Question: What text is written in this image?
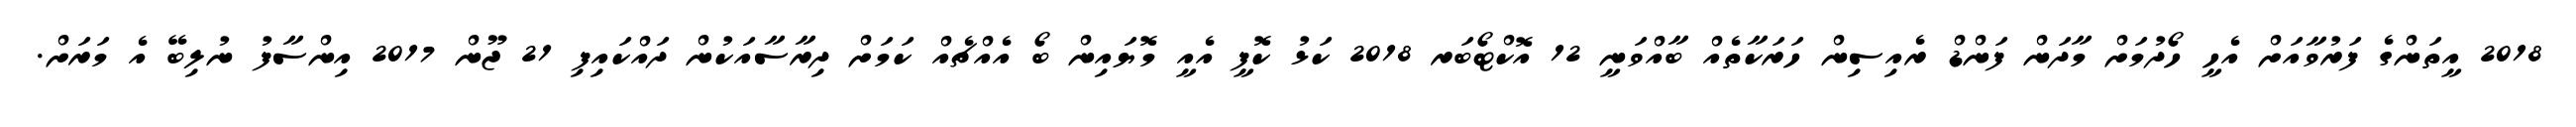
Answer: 2018 އީތަންގެ ފަރުވާއަށް އެހީ ހޯދުމަށް މާދަން ފަންޑް ރެއިސިން ހަރަކާތެއް ބާއްވަނީ 12 އޮކްޓޯބަރ 2018 ކަޅު ކޮފީ އެއީ މޮޔައިން ބޯ އެއްޗެއް ކަމަށް ދިރާސާއަކުން ދައްކައިފި 21 ޖޫން 2017 އިންސާފު ނުލިބޭ އެ މަރަށް.